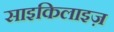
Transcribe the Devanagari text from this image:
साइकिलाइज़